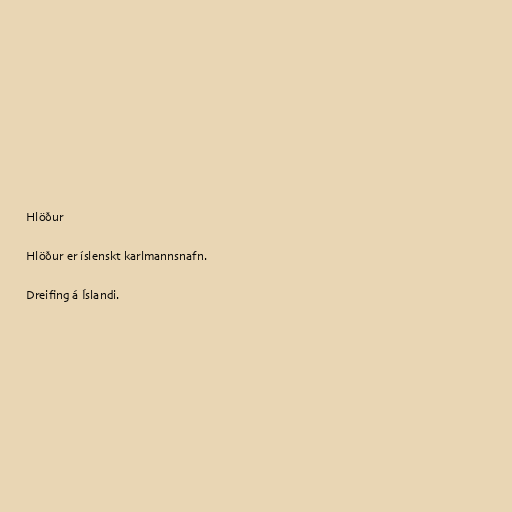
Hlöður

Hlöður er íslenskt karlmannsnafn.

Dreifing á Íslandi.